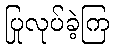
ပြုလုပ်ခဲ့ကြ